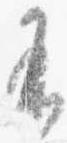
有